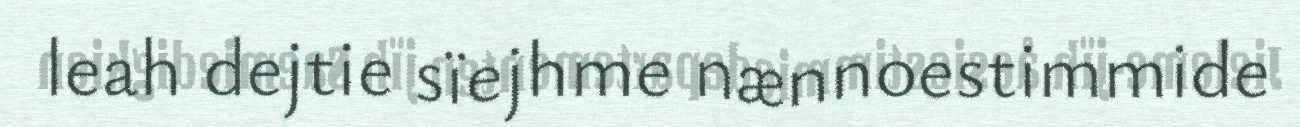
leah dejtie sïejhme nænnoestimmide